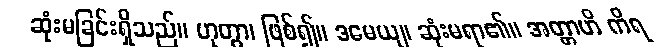
ဆုံးမခြင်းရှိသည်။ ဟုတွာ၊ ဖြစ်၍။ ဒမေယျ၊ ဆုံးမရာ၏။ အတ္တာဟိ ကိရ